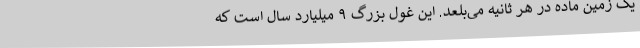
یک زمین ماده در هر ثانیه می‌بلعد. این غول بزرگ ۹ میلیارد سال است که